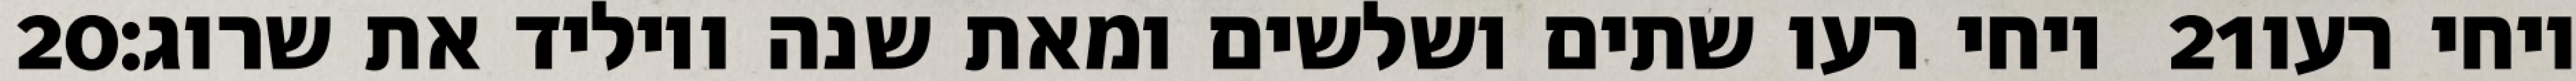
‎20‏ ויחי רעו שתים ושלשים ומאת שנה ויוליד את שרוג׃ ‎21‏ ויחי רעו